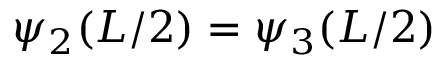
\psi _ { 2 } ( L / 2 ) = \psi _ { 3 } ( L / 2 ) \,